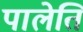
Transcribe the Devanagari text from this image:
पालेति